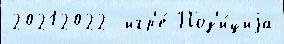
20212022  игр'е́ Поз'и́циjа